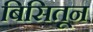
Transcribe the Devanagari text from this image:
बिसितून